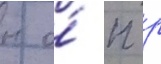
н о́ п р